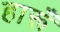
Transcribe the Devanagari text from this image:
हारूँ